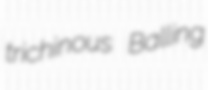
trichinous Balling